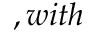
, w i t h